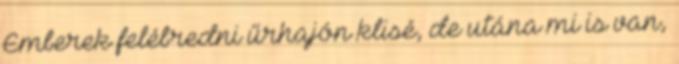
Emberek felébredni űrhajón klisé, de utána mi is van,